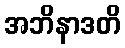
အဘိနာဒတိ